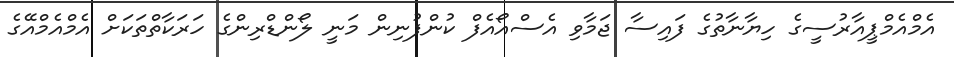
އެމްއެމްޕީއާރުސީގެ ހިޔާނާތުގެ ފައިސާ ޖަމާވި އެސްއޯއެފް ކުންފުނިން މަނީ ލޯންޑްރިންގެ ހަރަކާތްތަކަށް އެމްއެމްއޭގެ